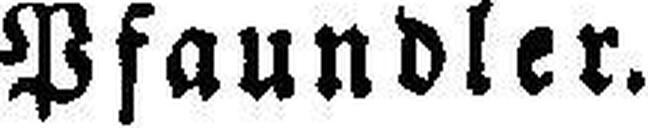
Pfaundler.